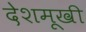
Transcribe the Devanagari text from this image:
देशमूखी